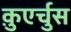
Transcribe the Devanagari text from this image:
क़ुएर्चुस